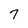
Character: 7